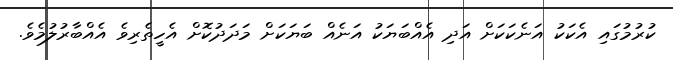
ކުރުމުގައި އެކަކު އަނެކަކަށް އަދި އެއްބަޔަކު އަނެއް ބަޔަކަށް މަދަދުކޮށް އެހީތެރިވެ އެއްބާރުލުމެވެ.